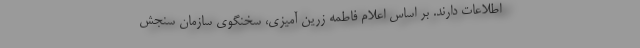
اطلاعات دارند. بر اساس اعلام فاطمه زرین آمیزی، سخنگوی سازمان سنجش